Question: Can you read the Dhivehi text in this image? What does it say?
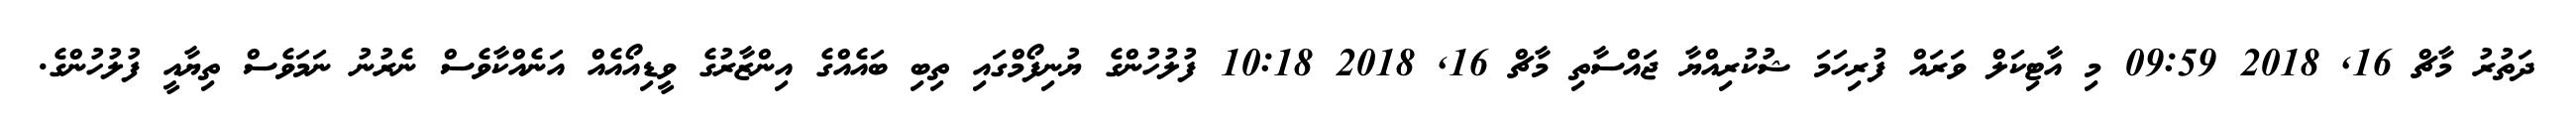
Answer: ދަތުރު މާޗް 16, 2018 09:59 މި އާޓިކަލް ވަރައް ފުރިހަމަ ޝުކުރިއްޔާ ޖައްސާތި މާޗް 16, 2018 10:18 ފުލުހުންގެ ޔުނިފޯމްގައި ތިބި ބައެއްގެ އިންޒާރުގެ ވީޑިއޯއެއް އަނެއްކާވެސް ނެރުނު ނަމަވެސް ތިޔާއީ ފުލުހުންގެ.